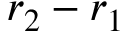
r _ { 2 } - r _ { 1 }